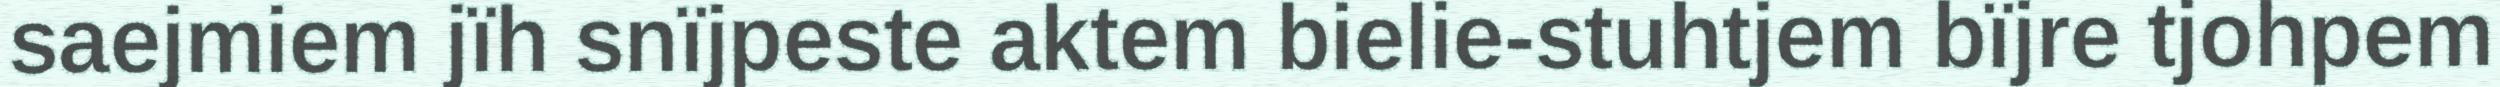
saejmiem jïh snïjpeste aktem bielie-stuhtjem bïjre tjohpem